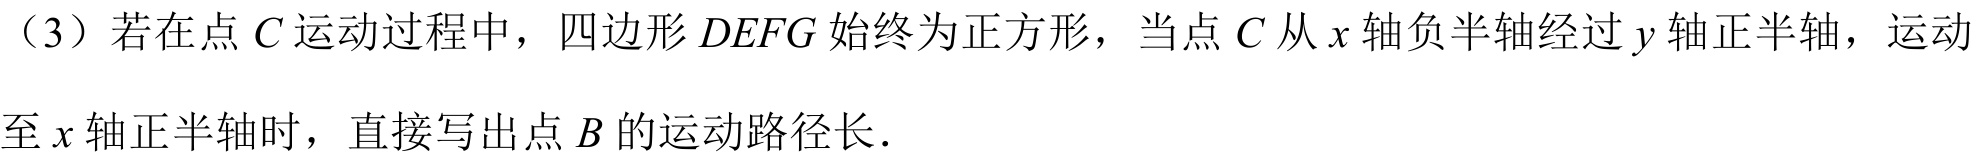
（3）若在点\(C\)运动过程中，四边形\(DEFG\)始终为正方形，当点\(C\)从\(x\)轴负半轴经过\(y\)轴正半轴，运动至\(x\)轴正半轴时，直接写出点\(B\)的运动路径长．